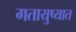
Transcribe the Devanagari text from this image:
गतायुष्यात